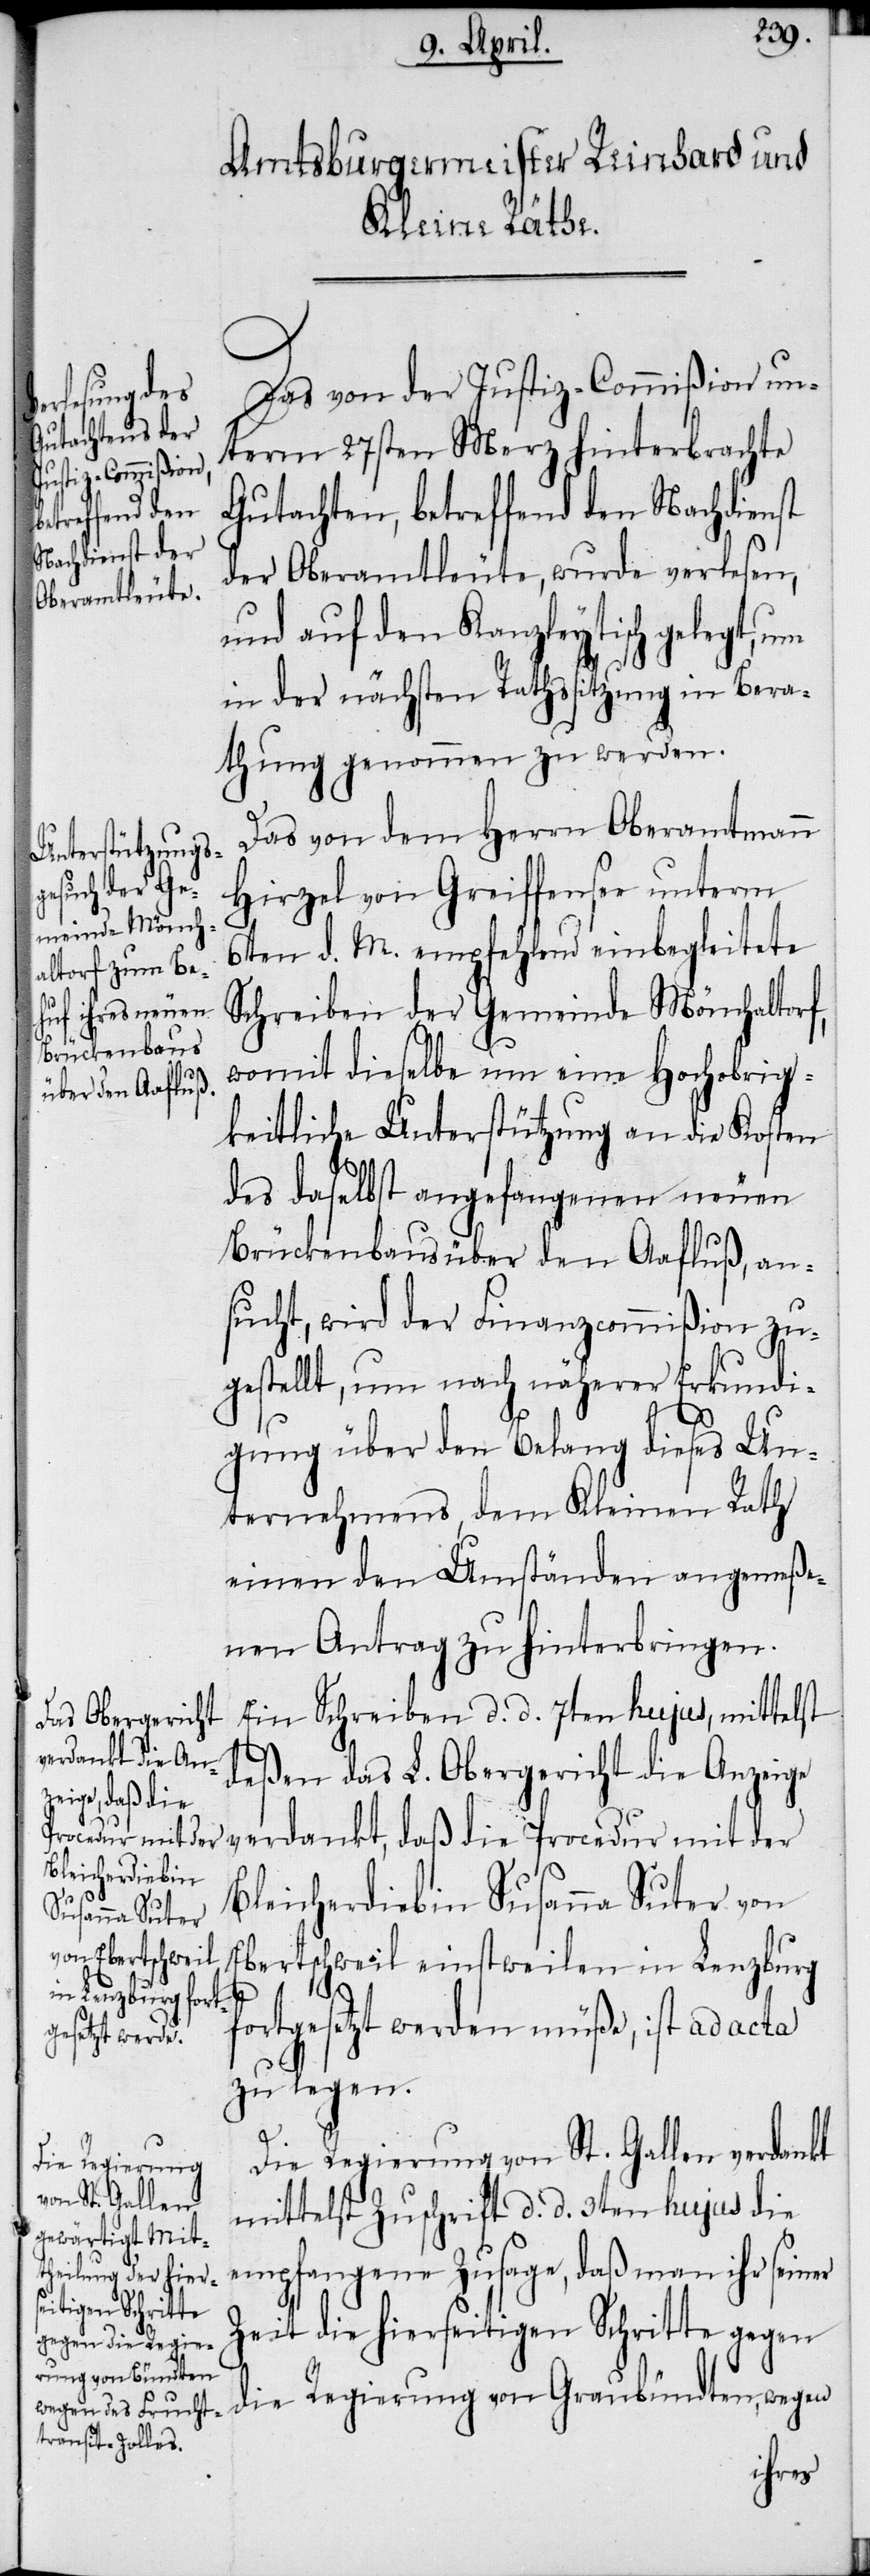
Das von der Justiz-Commißion un¬
term 27sten Merz hinterbrachte
Gutachten, betreffend den Nachdienst
der Oberamtleute, wurde verlesen,
und auf den Kanzleytisch gelegt, um
in der nächsten Rathssitzung in Bera¬
thung genommen zu werden.
Das von dem Herrn Oberamtmann
Hirzel von Greiffensee unterm
6ten d. M. empfehlend einbegleitete
Schreiben der Gemeinde Mönchaltorf,
womit dieselbe um eine Hochobrig¬
keitliche Unterstützung an die Kosten
des daselbst angefangenen neuen
Brückenbaus über den Aafluß, an¬
sucht, wird der Finanzcommißion zu¬
gestellt, um nach näherer Erkundi¬
gung über den Belang dieses Un¬
ternehmens, dem Kleinen Rath
einen den Umständen angemeße¬
nen Antrag zu hinterbringen.
Ein Schreiben d. d. 7ten hujus, mittels
deßen das L. Obergericht die Anzeige
verdankt, daß die Procedur mit der
Bleicherdiebin Susanna Suter von
Ebertschweil einstweilen in Lenzburg
fortgesetzt werden müße, ist ad acta
zu legen.
Die Regierung von St. Gallen verdankt
mittelst Zuschrift d. d. 3ten hujus die
empfangene Zusage, daß man ihr seiner
Zeit die hierseitigen Schritte gegen
die Regierung von Graubündten, wegen